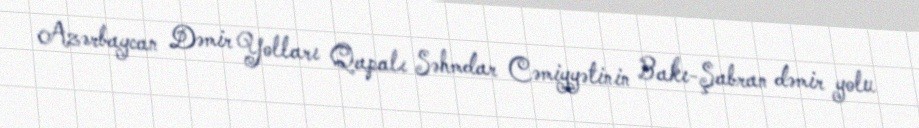
Azərbaycan Dəmir Yolları Qapalı Səhmdar Cəmiyyətinin Bakı-Şabran dəmir yolu